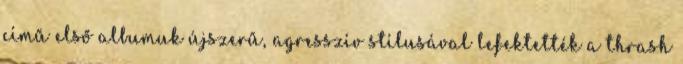
című első albumuk újszerű, agresszív stílusával lefektették a thrash